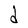
Character: d